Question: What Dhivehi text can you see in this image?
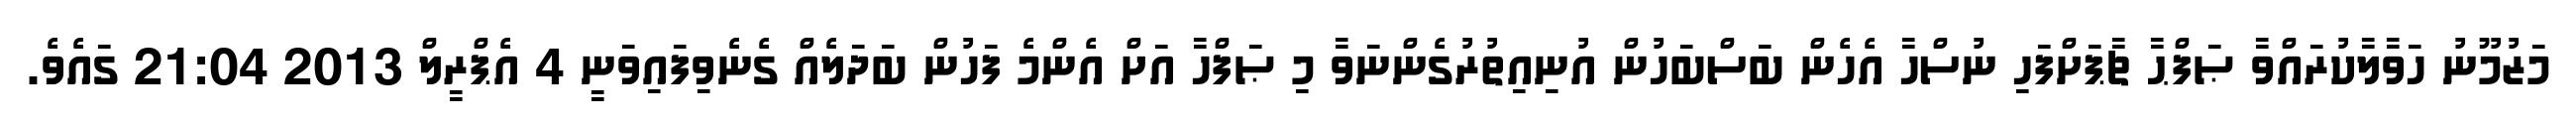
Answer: މަޒުމޫނު ހަވާލާކުރައްވާ ޞަފްޙާ ޗާޕަށްފަހި ނުސްހާ އެހެން ބަސްބަހުން އުނިއިތުރުގެންނަވާ މި ޞަފްހާ އަށް އެންމެ ފަހުން ބަދަލެއް ގެނެވިފައިވަނީ 4 އެޕްރީލް 2013 21:04 ގައެވެ.